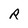
Character: R